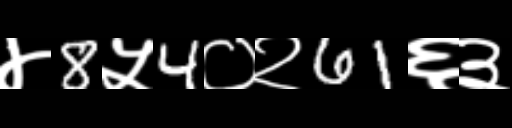
Text: ४8५4०२61६३